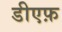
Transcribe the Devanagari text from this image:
डीएफ़